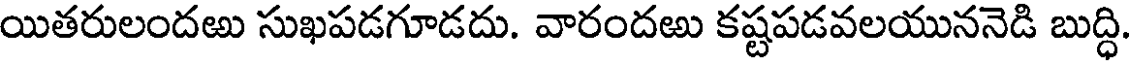
యితరులందఱు సుఖపడగూడదు. వారందఱు కష్టపడవలయుననెడి బుద్ధి